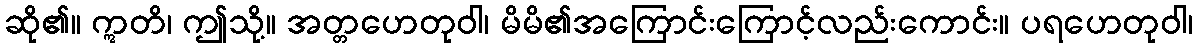
ဆို၏။ ဣတိ၊ ဤသို့။ အတ္တဟေတုဝါ၊ မိမိ၏အကြောင်းကြောင့်လည်းကောင်း။ ပရဟေတုဝါ၊